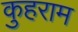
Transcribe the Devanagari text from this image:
कुहराम